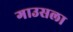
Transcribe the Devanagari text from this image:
गाउसला